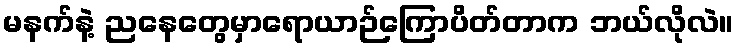
မနက်နဲ့ ညနေတွေမှာရောယာဉ်ကြောပိတ်တာက ဘယ်လိုလဲ။